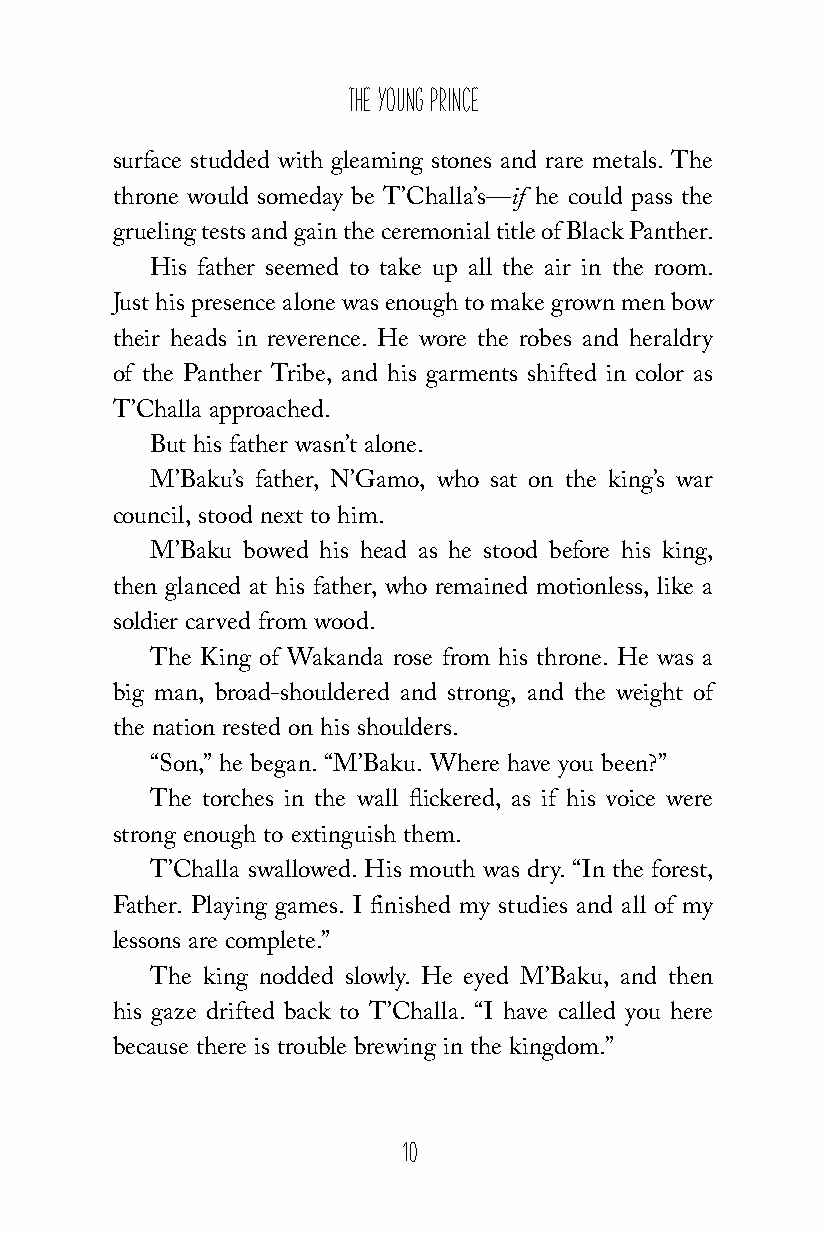
The Young Prince
 surface studded with gleaming stones and rare metals. The
 throne would someday be T’Challa’s—if he could pass the
 grueling tests and gain the ceremonial title of Black Panther.
 His father seemed to take up all the air in the room.
 Just his presence alone was enough to make grown men bow
 their heads in reverence. He wore the robes and heraldry
 of the Panther Tribe, and his garments shifted in color as
 T’Challa approached.
 But his father wasn’t alone.
 M’Baku’s father, N’Gamo, who sat on the king’s war
 council, stood next to him.
 M’Baku bowed his head as he stood before his king,
 then glanced at his father, who remained motionless, like a
 soldier carved from wood.
 The King of Wakanda rose from his throne. He was a
 big man, broad-shouldered and strong, and the weight of
 the nation rested on his shoulders.
 “Son,” he began. “M’Baku. Where have you been?”
 The torches in the wall flickered, as if his voice were
 strong enough to extinguish them.
 T’Challa swallowed. His mouth was dry. “In the forest,
 Father. Playing games. I finished my studies and all of my
 lessons are complete.”
 The king nodded slowly. He eyed M’Baku, and then
 his gaze drifted back to T’Challa. “I have called you here
 because there is trouble brewing in the kingdom.”
 10